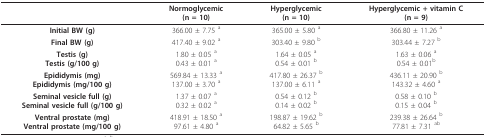
<table><thead><tr><td></td><td><b>Normoglycemic(n = 10)</b></td><td><b>Hyperglycemic(n = 10)</b></td><td><b>Hyperglycemic + vitamin C(n = 9)</b></td></tr></thead><tbody><tr><td><b>Initial BW (g)</b></td><td>366.00 ± 7.75 <sup>a</sup></td><td>365.00 ± 5.80 <sup>a</sup></td><td>366.80 ± 11.26 <sup>a</sup></td></tr><tr><td><b>Final BW (g)</b></td><td>417.40 ± 9.02 <sup>a</sup></td><td>303.40 ± 9.80 <sup>b</sup></td><td>303.44 ± 7.27 <sup>b</sup></td></tr><tr><td><b>Testis (g)</b><b>Testis (g/100 g)</b></td><td>1.80 ± 0.05 <sup>a</sup>0.43 ± 0.01 <sup>a</sup></td><td>1.64 ± 0.05 <sup>a</sup>0.54 ± 0.01 <sup>b</sup></td><td>1.63 ± 0.06 <sup>a</sup>0.54 ± 0.01<sup>b</sup></td></tr><tr><td><b>Epididymis (mg)</b><b>Epididymis (mg/100 g)</b></td><td>569.84 ± 13.33 <sup>a</sup>137.00 ± 3.70 <sup>a</sup></td><td>417.80 ± 26.37 <sup>b</sup>137.00 ± 6.11 <sup>a</sup></td><td>436.11 ± 20.90 <sup>b</sup>143.32 ± 4.60 <sup>a</sup></td></tr><tr><td><b>Seminal vesicle full (g)</b><b>Seminal vesicle full (g/100 g)</b></td><td>1.37 ± 0.07 <sup>a</sup>0.32 ± 0.02 <sup>a</sup></td><td>0.54 ± 0.12 <sup>b</sup>0.14 ± 0.02 <sup>b</sup></td><td>0.58 ± 0.10 <sup>b</sup>0.15 ± 0.04 <sup>b</sup></td></tr><tr><td><b>Ventral prostate (mg)</b><b>Ventral prostate (mg/100 g)</b></td><td>418.91 ± 18.50 <sup>a</sup>97.61 ± 4.80 <sup>a</sup></td><td>198.87 ± 19.62 <sup>b</sup>64.82 ± 5.65 <sup>b</sup></td><td>239.38 ± 26.64 <sup>b</sup>77.81 ± 7.31 <sup>ab</sup></td></tr></tbody></table>